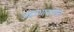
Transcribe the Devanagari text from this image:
अष्टप्रधानातील